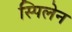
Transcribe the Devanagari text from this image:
स्पिलेन